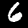
Label: 6